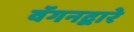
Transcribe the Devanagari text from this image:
वॅगनद्वारे